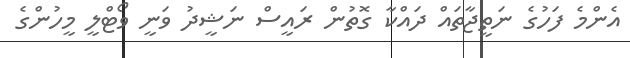
އެންމެ ފަހުގެ ނަތީޖާތައް ދައްކާ ގޮތުން ރައީސް ނަޝީދު ވަނީ ވޯޓްލީ މީހުންގެ